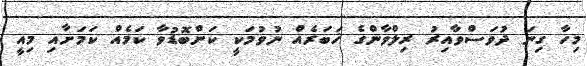
މިހާ ގިނަ ދުވަސްވާއިރު ރިލްވާންގެ ޚަބަރެއް ނުވުމަކީ ކަންބޮޑުވާ ކަމެއް ކަމަށާއި މިއީ